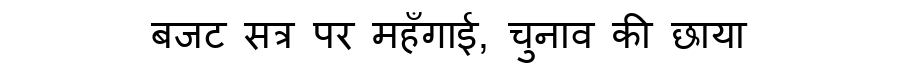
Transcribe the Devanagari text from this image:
बजट सत्र पर महँगाई, चुनाव की छाया